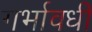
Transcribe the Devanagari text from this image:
गर्भावधी